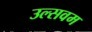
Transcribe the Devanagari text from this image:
उल्सवम